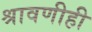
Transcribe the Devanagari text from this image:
श्रावणीही